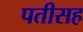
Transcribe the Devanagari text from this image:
पतीसह